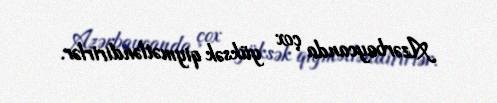
Azərbaycanda çox yüksək qiymətləndirirlər.